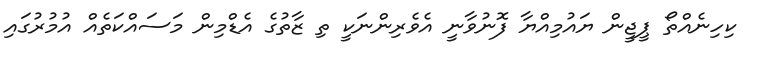
ކިހިނެއްތޯ ޕީޖީން ޔައުމިއްޔާ ފޮނުވާނީ އެވެރިންނަކީ ތި ޒާތުގެ އެޑްމިން މަސައްކަތެއް އުމުރުގައި